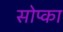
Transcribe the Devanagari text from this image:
सोप्का